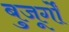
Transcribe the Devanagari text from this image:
बुजूर्गों